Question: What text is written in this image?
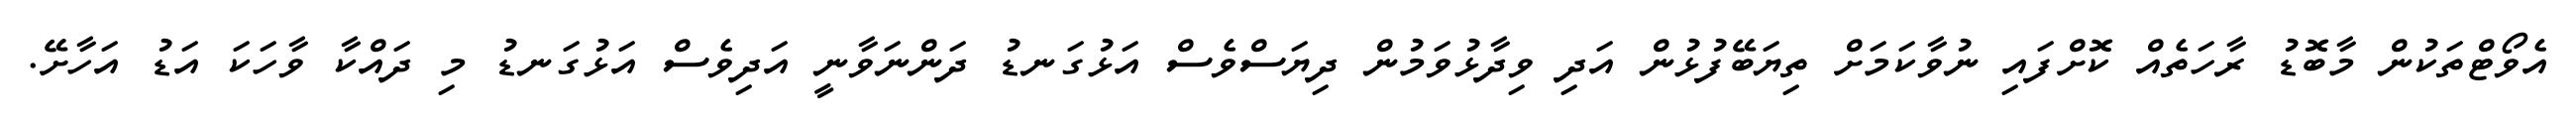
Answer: އެވޯޓްތަކުން މާބޮޑު ރާހަތެއް ކޮށްފައި ނުވާކަމަށް ތިޔަބޭފުޅުން އަދި ވިދާޅުވަމުން ދިޔަސްވެސް އަޅުގަނޑު ދަންނަވާނީ އަދިވެސް އަޅުގަނޑު މި ދައްކާ ވާހަކަ އަޑު އަހާށޭ.